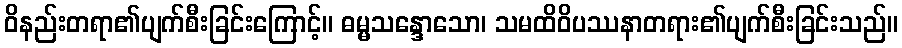
ဝိနည်းတရာ၏ပျက်စီးခြင်းကြောင့်။ ဓမ္မသန္ဒောသော၊ သမထိဝိပဿနာတရား၏ပျက်စီးခြင်းသည်။